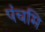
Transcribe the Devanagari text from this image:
पंचमि